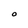
Character: O